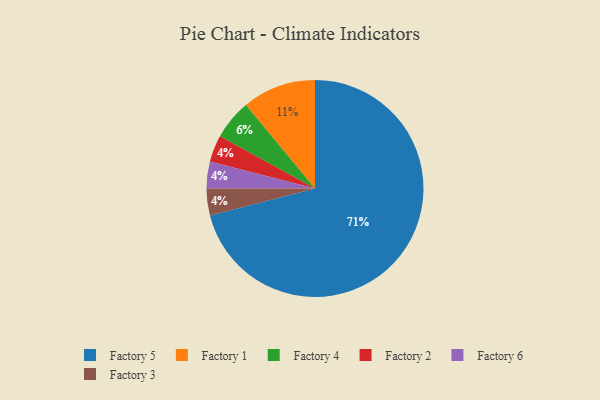
{"axis": {"x": "Category", "y": "Percentage"}, "legend": ["Factory 1", "Factory 2", "Factory 3", "Factory 4", "Factory 5", "Factory 6"], "data": [{"x": "Factory 2", "y": 4, "type": "Factory 2"}, {"x": "Factory 6", "y": 4, "type": "Factory 6"}, {"x": "Factory 5", "y": 71, "type": "Factory 5"}, {"x": "Factory 1", "y": 11, "type": "Factory 1"}, {"x": "Factory 4", "y": 6, "type": "Factory 4"}, {"x": "Factory 3", "y": 4, "type": "Factory 3"}]}